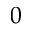
0